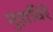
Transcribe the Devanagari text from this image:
मुहाविरे